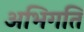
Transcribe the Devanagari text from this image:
अभिगति